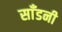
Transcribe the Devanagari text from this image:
साँडनी